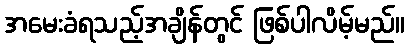
အမေးခံရသည့်အချိန်တွင် ဖြစ်ပါလိမ့်မည်။